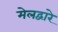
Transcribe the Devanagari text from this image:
मेलद्वारे